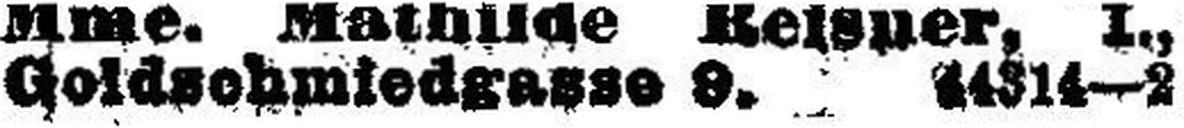
Goldschmiedgasse 9. 44314—2